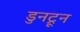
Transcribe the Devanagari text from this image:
डुनट्रून